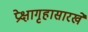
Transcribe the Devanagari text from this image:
प्रेक्षागृहासारखे